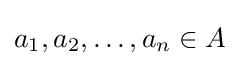
a_{1},a_{2},\dots ,a_{n}\in A